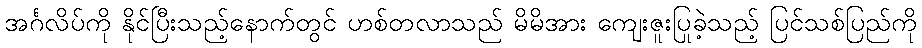
အင်္ဂလိပ်ကို နိုင်ပြီးသည့်နောက်တွင် ဟစ်တလာသည် မိမိအား ကျေးဇူးပြုခဲ့သည့် ပြင်သစ်ပြည်ကို